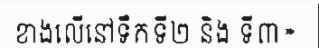
ខាងលើនៅទឹកទី២ និង ទី៣»